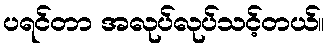
ပရင်တာ အလုပ်လုပ်သင့်တယ်။